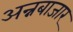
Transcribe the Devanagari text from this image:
अन्नबाजार